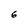
Character: 6